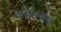
એએનએના